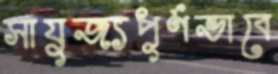
সাযুজ্যপূর্ণভাবে